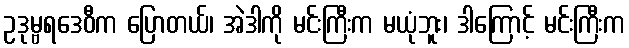
ဥဒုမ္ဗရဒေဝီက ပြောတယ်၊ အဲဒါကို မင်းကြီးက မယုံဘူး၊ ဒါကြောင့် မင်းကြီးက